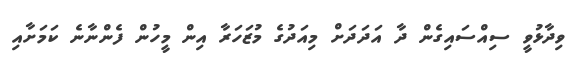
ވިދާޅުވީ ސިއްސައިގެން ދާ އަދަދަށް މިއަދުގެ މުޒަހަރާ އިން މީހުން ފެންނާނެ ކަމަށާއި